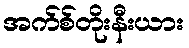
အက်စ်တိုးနီးယား